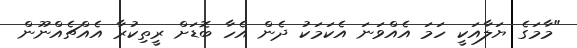
"މާމަގެ ޔަލާއަކީ ހަމަ އެއްވަނަ އެކަމަކު ދެން އެހާ ބޮޑަށް ރީތިކުރާ އެއްޗެއްނޫން